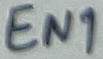
Text: EN1